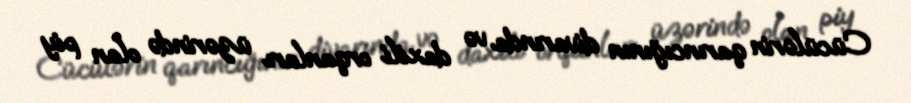
Cücülərin qarıncığının divarında və daxili orqanları üzərində olan piy